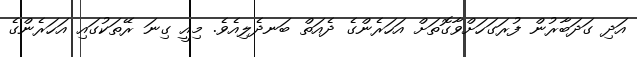
އަދި ގަދަބާރުން ފުރަގަހަށްވާގޮތަށް އަހަރެންގެ ދެއަތް ބަނދެލިއެވެ. މިއީ ގިނަ ރޭތަކުގައި އަަހަރެންގެ